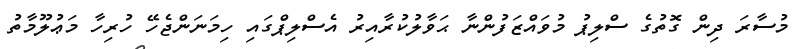
މުސާރަ ދިން ގޮތުގެ ސްލިޕު މުވައްޒަފުންނާ ޙަވާލުކުރާއިރު އެސްލިޕްގައި ހިމަނަންޖެހޭ ހުރިހާ މަޢުލޫމާތު